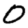
Digit: 0